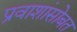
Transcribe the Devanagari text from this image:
प्रवाशांसोबत